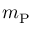
m _ { \mathrm { P } }